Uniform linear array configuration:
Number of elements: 24
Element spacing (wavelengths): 0.75
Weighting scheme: cosine
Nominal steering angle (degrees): -60
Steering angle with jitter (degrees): -58.232
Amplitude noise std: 0.05
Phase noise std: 0.05

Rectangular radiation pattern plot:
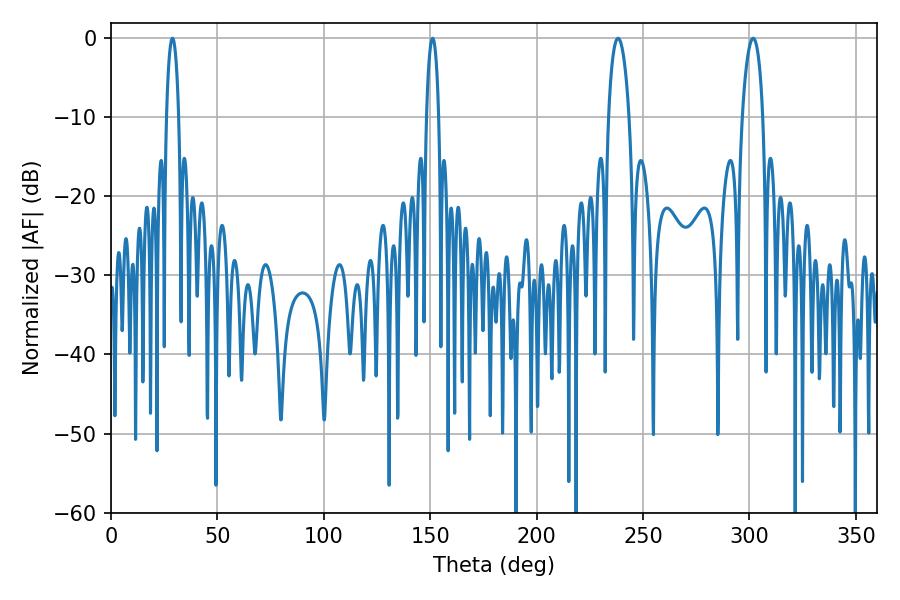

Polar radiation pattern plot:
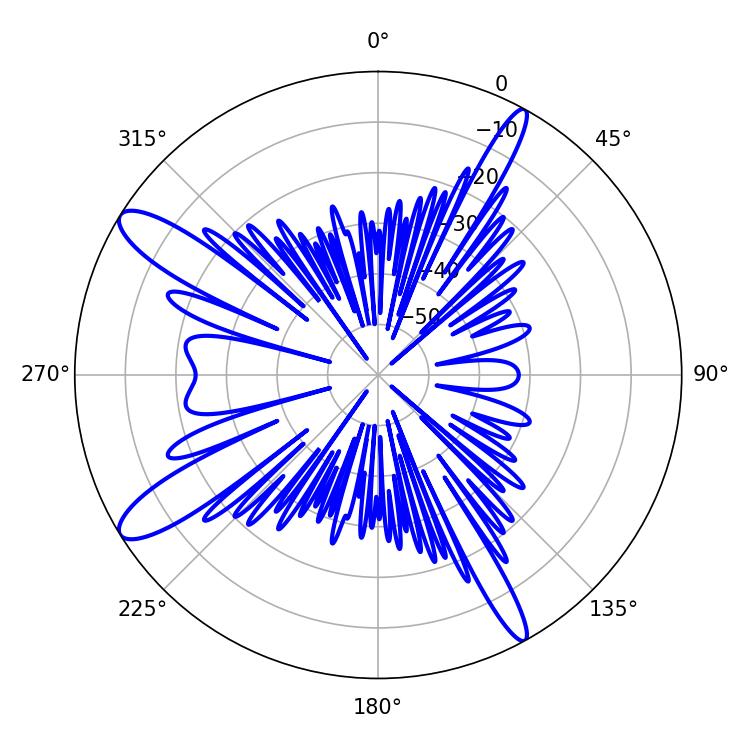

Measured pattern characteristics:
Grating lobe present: TRUE
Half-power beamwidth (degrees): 5.58
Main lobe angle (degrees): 238.32